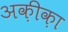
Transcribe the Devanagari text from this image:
अक़ीक़ा